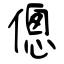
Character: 傯